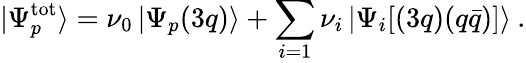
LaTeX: |\Psi_{p}^{\mathrm{tot}}\rangle=\nu_{0}\, |\Psi_{p}(3q)\rangle+\sum_{i=1}\nu_{i}\, |\Psi_{i}[(3q)(q\bar{q})]\rangle\: .